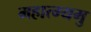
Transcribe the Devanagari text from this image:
महात्म्यमु